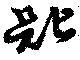
匙